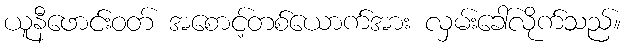
ယူနီဖောင်းဝတ် အစောင့်တစ်ယောက်အား လှမ်းခေါ်လိုက်သည်။